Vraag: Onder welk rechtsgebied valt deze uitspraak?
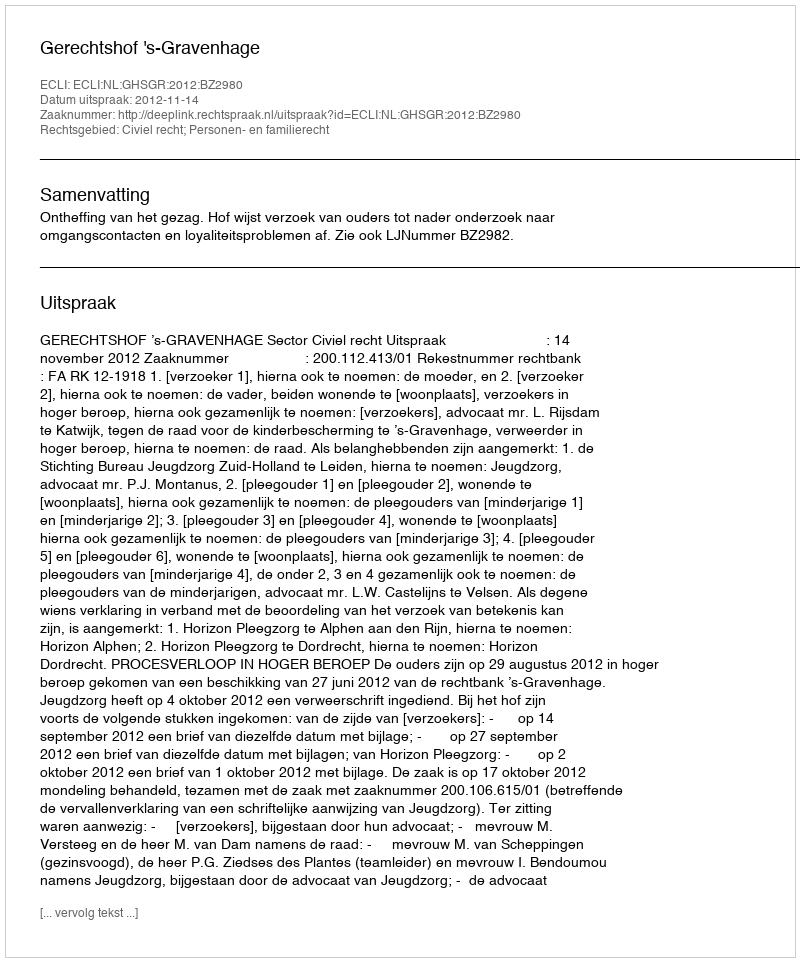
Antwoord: Civiel recht; Personen- en familierecht